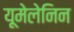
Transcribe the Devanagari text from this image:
यूमेलेनिन